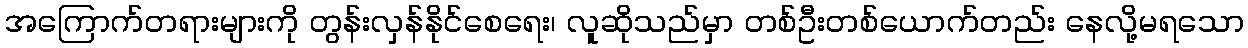
အကြောက်တရားများကို တွန်းလှန်နိုင်စေရေး၊ လူဆိုသည်မှာ တစ်ဦးတစ်ယောက်တည်း နေလို့မရသော